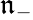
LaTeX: \mathfrak{n}_{-}